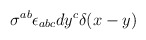
\begin{align*}\sigma^{ab} \epsilon_{abc} dy^c \delta(x-y)\end{align*}